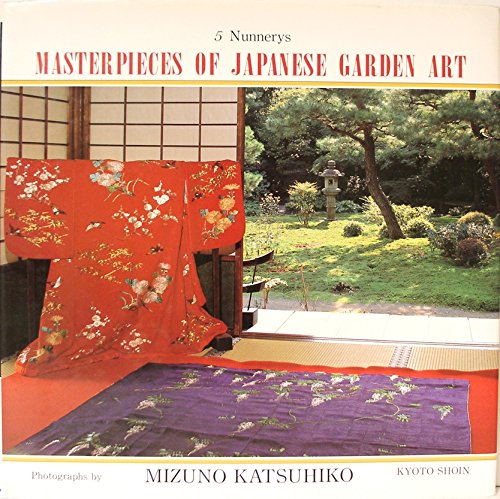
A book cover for Nunnerys (Masterpieces of Japanese Garden Art); Katsuhiko Mizuno; Crafts, Hobbies & Home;